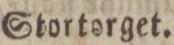
Stortorget.